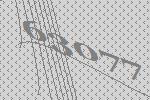
63077